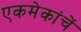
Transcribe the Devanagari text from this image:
एकमेकांचें